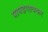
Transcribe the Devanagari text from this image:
पापडगावकर